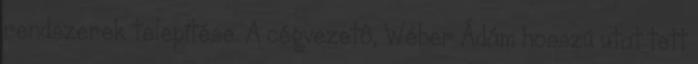
rendszerek telepítése. A cégvezetô, Wéber Ádám hosszú utat tett